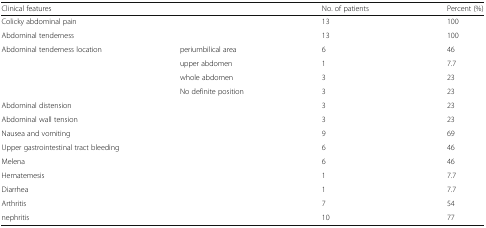
<table><thead><tr><td colspan="2"><b>Clinical features</b></td><td><b>No. of patients</b></td><td><b>Percent (%)</b></td></tr></thead><tbody><tr><td colspan="2">Colicky abdominal pain</td><td>13</td><td>100</td></tr><tr><td colspan="2">Abdominal tenderness</td><td>13</td><td>100</td></tr><tr><td rowspan="4">Abdominal tenderness location</td><td>periumbilical area</td><td>6</td><td>46</td></tr><tr><td>upper abdomen</td><td>1</td><td>7.7</td></tr><tr><td>whole abdomen</td><td>3</td><td>23</td></tr><tr><td>No definite position</td><td>3</td><td>23</td></tr><tr><td colspan="2">Abdominal distension</td><td>3</td><td>23</td></tr><tr><td colspan="2">Abdominal wall tension</td><td>3</td><td>23</td></tr><tr><td colspan="2">Nausea and vomiting</td><td>9</td><td>69</td></tr><tr><td colspan="2">Upper gastrointestinal tract bleeding</td><td>6</td><td>46</td></tr><tr><td colspan="2">Melena</td><td>6</td><td>46</td></tr><tr><td colspan="2">Hematemesis</td><td>1</td><td>7.7</td></tr><tr><td colspan="2">Diarrhea</td><td>1</td><td>7.7</td></tr><tr><td colspan="2">Arthritis</td><td>7</td><td>54</td></tr><tr><td colspan="2">nephritis</td><td>10</td><td>77</td></tr></tbody></table>